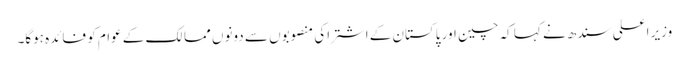
وزیر اعلی سندھ نے کہا کہ چین اور پاکستان کے اشتراکی منصوبوں سے دونوں ممالک کے عوام کو فائدہ ہوگا۔